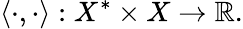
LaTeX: \langle\cdot,\cdot\rangle:X^{*}\times X\to\mathbb{R}.